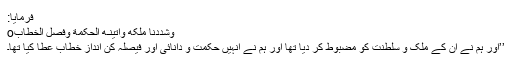
فرمایا:
وَشَدَدْنَا مُلْکَهٗ وَاٰتَیْنٰـهُ الْحِکْمَةَ وَفَصْلَ الْخِطَابِo
’’اور ہم نے اُن کے ملک و سلطنت کو مضبوط کر دیا تھا اور ہم نے انہیں حکمت و دانائی اور فیصلہ کن اندازِ خطاب عطا کیا تھا۔